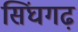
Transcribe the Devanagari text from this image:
सिंघगढ़